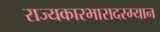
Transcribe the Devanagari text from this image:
राज्यकारभारादरम्यान